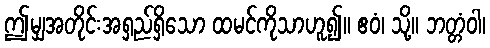
ဤမျှအတိုင်းအရှည်ရှိသော ထမင်ကိုသာဟူ၍။ ဧဝံ၊ သို့။ ဘတ္တံဝါ၊